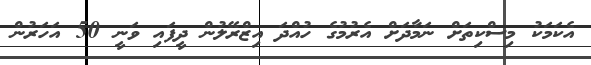
އެކަމަކު މިސްކިތަށް ނަމާދަށް އެރުމުގެ ހުއްދަ އިޒްރޭލުން ދީފައި ވަނީ 50 އަހަރުން